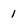
Character: 1